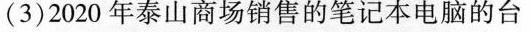
(3)2020年泰山商场销售的笔记本电脑的台